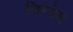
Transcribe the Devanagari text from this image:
त्रिग्लेव